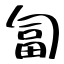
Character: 匐